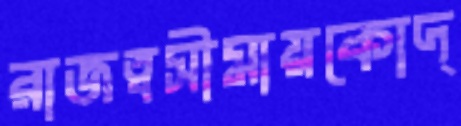
রাজত্বসীমায়কোদ্